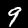
Digit: 9